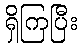
ရှိကြပြီး